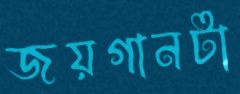
জয়গানটা